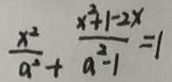
\frac { x ^ { 2 } } { a ^ { 2 } } + \frac { x ^ { 2 } + 1 - 2 x } { a ^ { 2 } - 1 } = 1